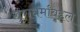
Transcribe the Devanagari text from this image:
गुणधर्मांबद्दल